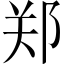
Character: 郑